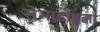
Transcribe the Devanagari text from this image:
सेमाडोहला